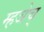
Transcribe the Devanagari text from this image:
म्हञेच्